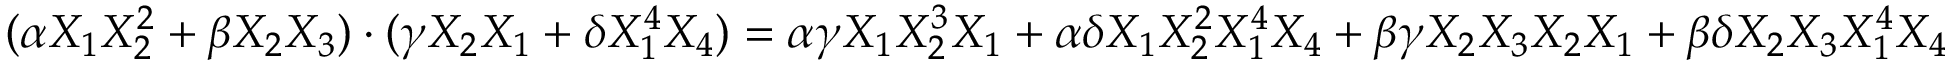
( \alpha X _ { 1 } X _ { 2 } ^ { 2 } + \beta X _ { 2 } X _ { 3 } ) \cdot ( \gamma X _ { 2 } X _ { 1 } + \delta X _ { 1 } ^ { 4 } X _ { 4 } ) = \alpha \gamma X _ { 1 } X _ { 2 } ^ { 3 } X _ { 1 } + \alpha \delta X _ { 1 } X _ { 2 } ^ { 2 } X _ { 1 } ^ { 4 } X _ { 4 } + \beta \gamma X _ { 2 } X _ { 3 } X _ { 2 } X _ { 1 } + \beta \delta X _ { 2 } X _ { 3 } X _ { 1 } ^ { 4 } X _ { 4 }